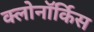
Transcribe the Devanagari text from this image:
क्लोनॉर्किस